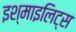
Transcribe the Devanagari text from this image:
इश्माइलिट्स